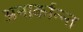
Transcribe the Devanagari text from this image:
अनार्कान्न्त